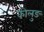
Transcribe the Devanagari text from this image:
कोलुङ